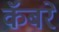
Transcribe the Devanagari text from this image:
कॅबरे